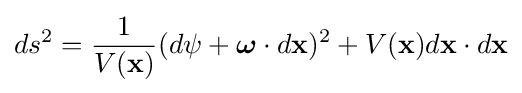
ds^{2}={\frac {1}{V(\mathbf {x} )}}(d\psi +{\boldsymbol {\omega }}\cdot d\mathbf {x} )^{2}+V(\mathbf {x} )d\mathbf {x} \cdot d\mathbf {x}